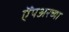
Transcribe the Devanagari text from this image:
ऍंपअरच्या